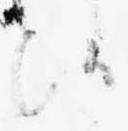
候